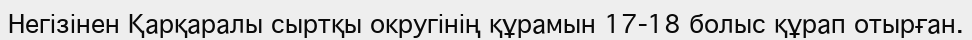
Негізінен Қарқаралы сыртқы округінің құрамын 17-18 болыс құрап отырған.